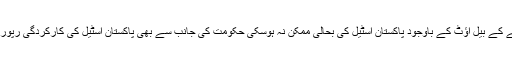
پاکستان اسٹیل کو حکومت کی جانب سے دیے جانے والے اربوں روپے کے بیل آؤٹ کے باوجود پاکستان اسٹیل کی بحالی ممکن نہ ہوسکی حکومت کی جانب سے بھی پاکستان اسٹیل کی کارکردگی رپورٹ طلب نہیں کی گئی جس سے انتظامی بحران شدت اختیار کررہا ہے۔